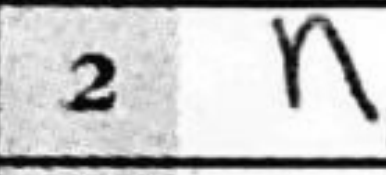
Transcription: Nf3